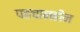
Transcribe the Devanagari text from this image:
पहचानहीन